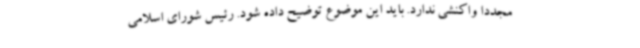
مجددا واکنشی ندارد. باید این موضوع توضیح داده شود. رئیس شورای اسلامی